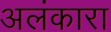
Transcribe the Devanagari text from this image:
अलंकारा